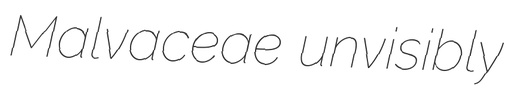
Malvaceae unvisibly